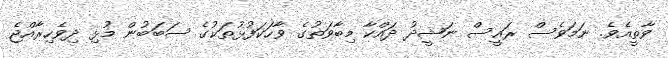
ވާތީއެވެ. ނަމަވެސް ރައީސް ނަޝީދު ދައްކާ މިބާވަތުގެ ވާހަކަފުޅުތަކުގެ ސަބަބުން މުޅި ދިވެހިރާއްޖެ